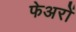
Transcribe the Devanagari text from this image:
फेअरों